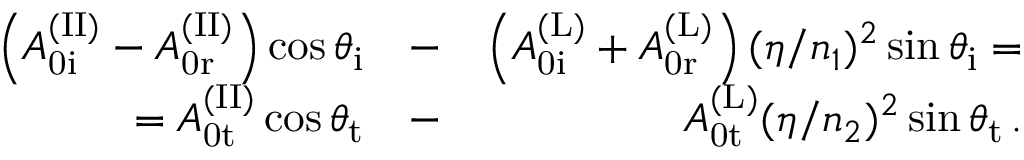
\begin{array} { r l r } { \left( A _ { \mathrm { 0 i } } ^ { \mathrm { ( I I ) } } - A _ { \mathrm { 0 r } } ^ { \mathrm { ( I I ) } } \right) \cos \theta _ { \mathrm { i } } } & { { } - } & { \left( A _ { \mathrm { 0 i } } ^ { \mathrm { ( L ) } } + A _ { \mathrm { 0 r } } ^ { \mathrm { ( L ) } } \right) ( \eta / n _ { 1 } ) ^ { 2 } \sin \theta _ { \mathrm { i } } = } \\ { = A _ { \mathrm { 0 t } } ^ { \mathrm { ( I I ) } } \cos \theta _ { \mathrm { t } } } & { { } - } & { A _ { \mathrm { 0 t } } ^ { \mathrm { ( L ) } } ( \eta / n _ { 2 } ) ^ { 2 } \sin \theta _ { \mathrm { t } } \, . } \end{array}